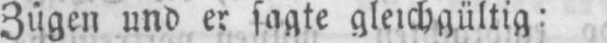
Zügen und er sagte gleichgültig: